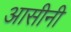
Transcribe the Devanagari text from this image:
आसीनी